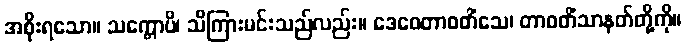
အစိုးရသော။ သက္ကောပိ၊ သိကြားမင်းသည်လည်း။ ဒေဝေတာဝတိံသေ၊ တာဝတိံသာနတ်တို့ကို။